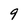
Character: 9